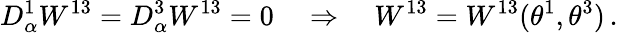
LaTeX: D_{\alpha}^{1}W^{13}=D_{\alpha}^{3}W^{13}=0\quad\Rightarrow\quad W^{13}=W^{13}(\theta^{1},\theta^{3})\, .